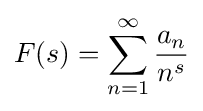
F(s)=\sum _{n=1}^{\infty }{\frac {a_{n}}{n^{s}}}